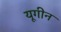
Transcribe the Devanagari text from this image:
यूगीन